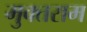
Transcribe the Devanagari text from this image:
मुक्तराम